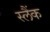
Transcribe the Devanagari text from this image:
स्लैंक